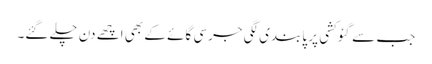
جب سے گئو کشی پر پابندی لگی جرسی گائے کے بھی اچھے دن چلے گئے۔